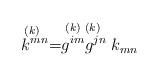
LaTeX: \begin{align*}\stackrel{(k)\;\;}{k^{mn}}=\stackrel{(k)}{g^{im}}\stackrel{(k)\;\;}{g^{jn}}k_{mn}\end{align*}